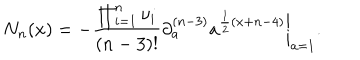
N _ { n } ( x ) = - \frac { \prod _ { i = 1 } ^ { n } \nu _ { i } } { ( n - 3 ) ! } \left. \partial _ { a } ^ { ( n - 3 ) } a ^ { \frac { 1 } { 2 } ( x + n - 4 ) } \right| _ { a = 1 } .